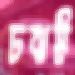
চঝঈ